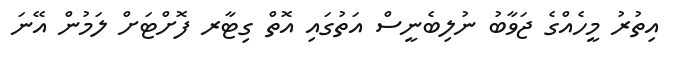
އިތުރު މީހެއްގެ ޖަވާބު ނުލިބެނީސް އަތުގައި އޮތް ގިޓާރ ފޮށްޓަށް ލަމުން އޭނަ